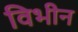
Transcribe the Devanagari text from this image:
विभीन